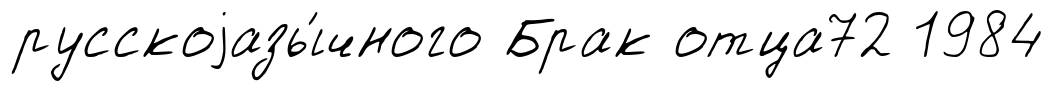
русскоjазы́чного Брак отца72 1984